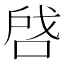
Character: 啔